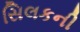
સિલકની